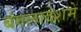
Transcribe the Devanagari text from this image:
बंगलादेशमे